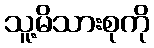
သူ့မိသားစုကို